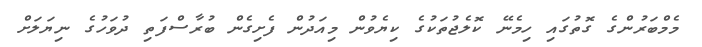
މެމްބަރުންގެ ގޮތުގައި ހިމެނޭ ކޮލެޖުތަކުގެ ކިޔެވުން މިއަދުން ފެށިގެން ބުރާސްފަތި ދުވަހުގެ ނިޔަލަށް